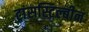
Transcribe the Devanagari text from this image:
ट्रांसस्टिल्बीन